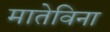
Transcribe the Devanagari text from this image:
मातेविना